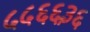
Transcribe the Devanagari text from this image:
५५६६३६